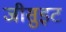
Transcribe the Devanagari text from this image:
जीसुइट